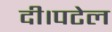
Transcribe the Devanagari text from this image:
दी।पटेल